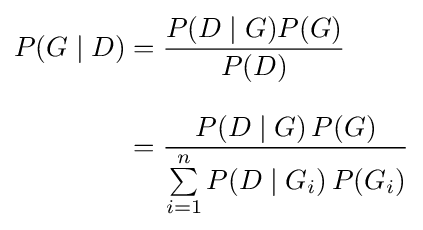
{\begin{aligned}P(G\mid D)&={\frac {P(D\mid G)P(G)}{P(D)}}\\[8pt]&={\frac {P(D\mid G)\,P(G)}{\sum \limits _{i=1}^{n}P(D\mid G_{i})\,P(G_{i})}}\end{aligned}}